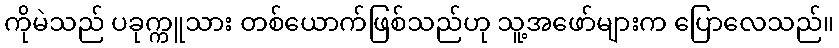
ကိုမဲသည် ပခုက္ကူသား တစ်ယောက်ဖြစ်သည်ဟု သူ့အဖော်များက ပြောလေသည်။